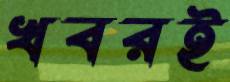
খবরই